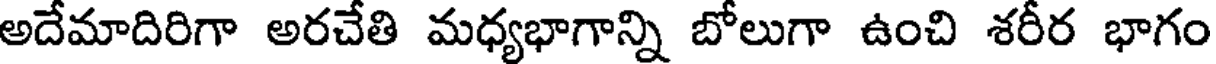
అదేమాదిరిగా అరచేతి మధ్యభాగాన్ని బోలుగా ఉంచి శరీర భాగం